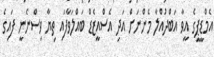
އެމްޑީޕީގެ އީވާ އަބްދުއްލާ މެންނަށް އަދި އެސްއީޒެޑް ބައްލަވާފައި ތިޔާ ވިސްނެނީ ފައިގެ